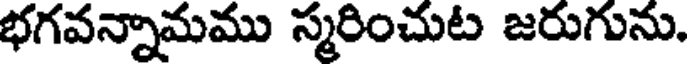
భగవన్నామము స్మరించుట జరుగును.